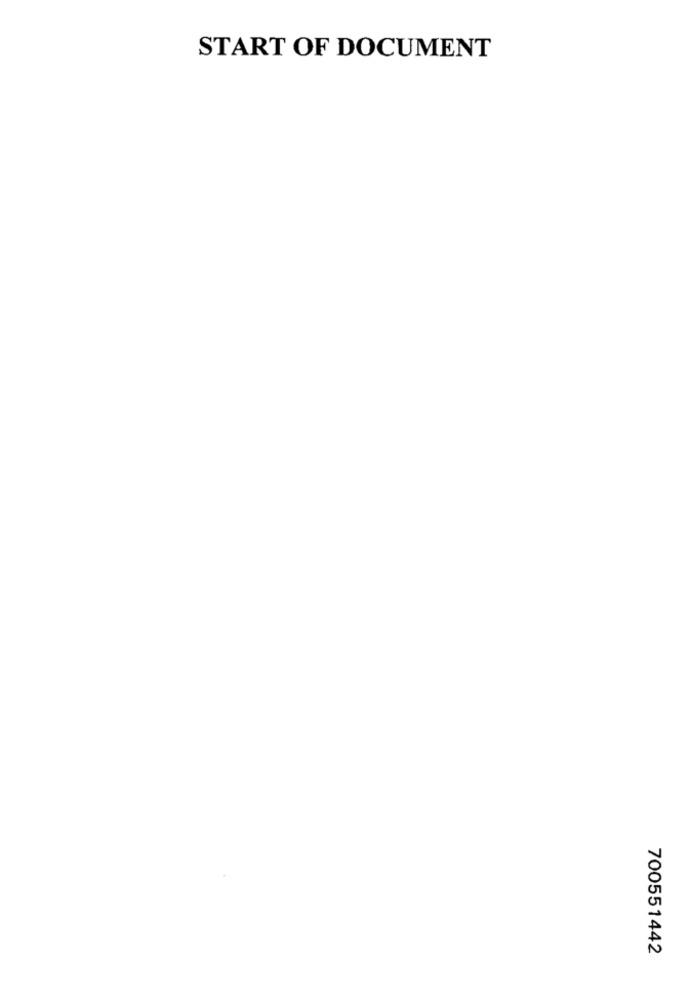
START OF DOCUMENT
700551442